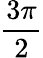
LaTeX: \frac{3\pi}{2}